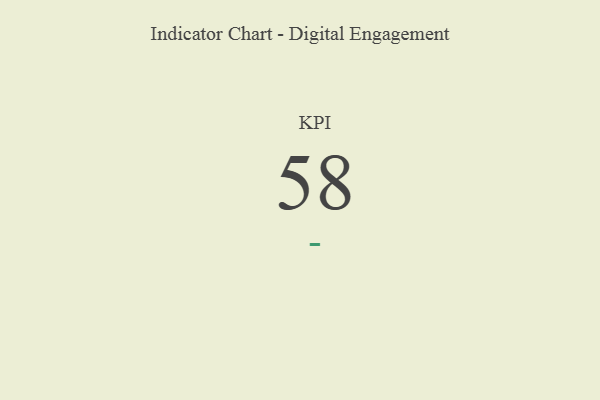
{"axis": {"x": "KPI", "y": "Value"}, "legend": [""], "data": [{"x": "KPI", "y": 58, "type": ""}]}